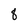
Character: 8